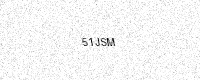
Text: 51JSM